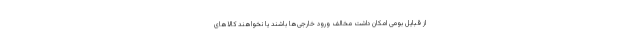
از قبایل بومی امکان داشت مخالف ورود خارجی‌ها باشند یا نخواهند کالاهای